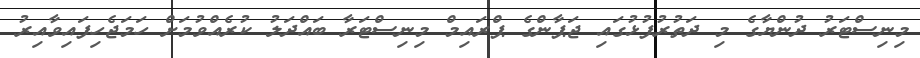
މިނިސްޓަރު ދުންޔާގެ މި ދަތުރުފުޅުގައި ޖަޕާންގެ ޕްރައިމް މިނިސްޓަރާ ބައްދަލު ކުރެއްވުމަށް ހަމަޖެހިފައިވާއިރު